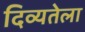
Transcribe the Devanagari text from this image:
दिव्यतेला